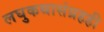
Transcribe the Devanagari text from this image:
लघुकथासंग्रहही